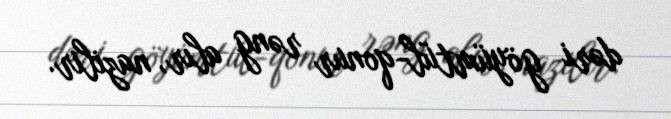
dəri göyümtül-qonur rəng alır, nazilir.